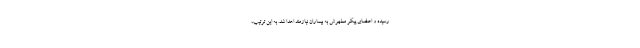
رسیده و اعضای پیکر مطهرش به بیماران نیازمند اهدا شد. به این ترتیب،